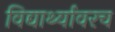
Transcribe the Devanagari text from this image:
विद्यार्थ्यावरच